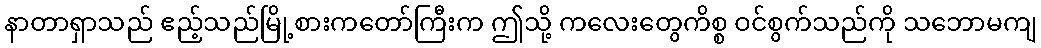
နာတာရှာသည် ဧည့်သည်မြို့စားကတော်ကြီးက ဤသို့ ကလေးတွေကိစ္စ ဝင်စွက်သည်ကို သဘောမကျ